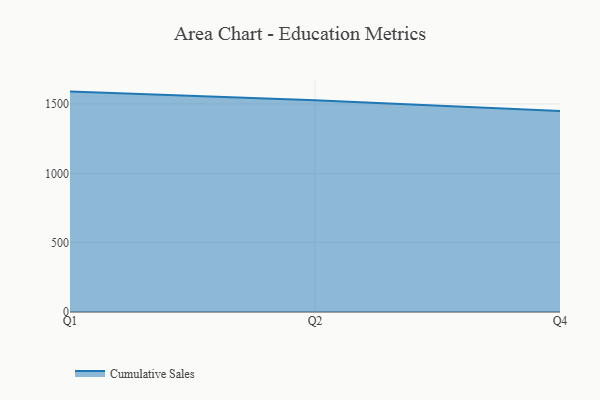
{"axis": {"x": "Quarter", "y": "Satisfaction Score"}, "legend": ["Cumulative Sales"], "data": [{"x": "Q1", "y": 1589.5, "type": "Cumulative Sales"}, {"x": "Q2", "y": 1527.6, "type": "Cumulative Sales"}, {"x": "Q4", "y": 1449.0, "type": "Cumulative Sales"}]}